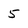
Character: 5